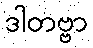
ဒါတဗ္ဗာ